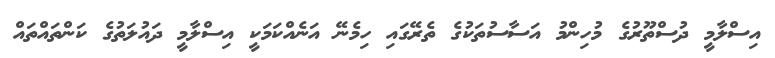
އިސްލާމީ ދުސްތޫރުގެ މުހިންމު އަސާސުތަކުގެ ތެރޭގައި ހިމެނޭ އަނެއްކަމަކީ އިސްލާމީ ދައުލަތުގެ ކަންތައްތައް